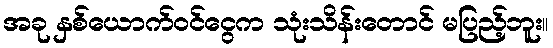
အခု နှစ်ယောက်ဝင်ငွေက သုံးသိန်းတောင် မပြည့်ဘူး။